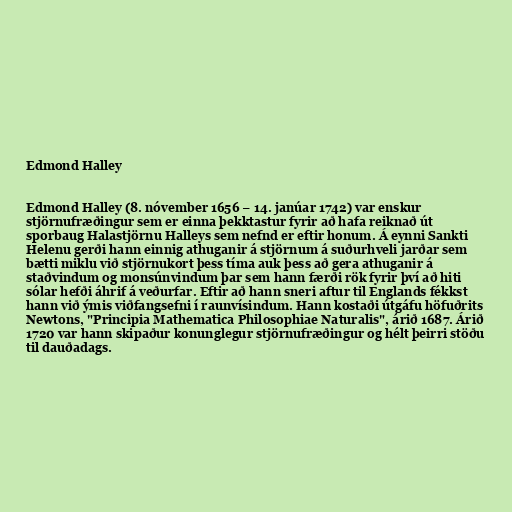
Edmond Halley

Edmond Halley (8. nóvember 1656 − 14. janúar 1742) var enskur
stjörnufræðingur sem er einna þekktastur fyrir að hafa reiknað út
sporbaug Halastjörnu Halleys sem nefnd er eftir honum. Á eynni Sankti
Helenu gerði hann einnig athuganir á stjörnum á suðurhveli jarðar sem
bætti miklu við stjörnukort þess tíma auk þess að gera athuganir á
staðvindum og monsúnvindum þar sem hann færði rök fyrir því að hiti
sólar hefði áhrif á veðurfar. Eftir að hann sneri aftur til Englands fékkst
hann við ýmis viðfangsefni í raunvísindum. Hann kostaði útgáfu höfuðrits
Newtons, "Principia Mathematica Philosophiae Naturalis", árið 1687. Árið
1720 var hann skipaður konunglegur stjörnufræðingur og hélt þeirri stöðu
til dauðadags.